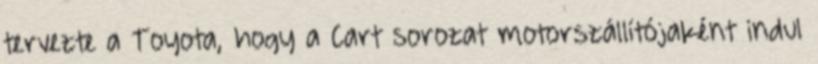
tervezte a Toyota, hogy a Cart sorozat motorszállítójaként indul